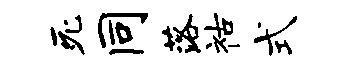
死同落祜式